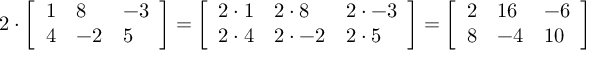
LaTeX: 2 \cdot { \left[ \begin{array} { l l l } { 1 } & { 8 } & { - 3 } \\ { 4 } & { - 2 } & { 5 } \end{array} \right] } = { \left[ \begin{array} { l l l } { 2 \cdot 1 } & { 2 \cdot 8 } & { 2 \cdot - 3 } \\ { 2 \cdot 4 } & { 2 \cdot - 2 } & { 2 \cdot 5 } \end{array} \right] } = { \left[ \begin{array} { l l l } { 2 } & { 1 6 } & { - 6 } \\ { 8 } & { - 4 } & { 1 0 } \end{array} \right] }